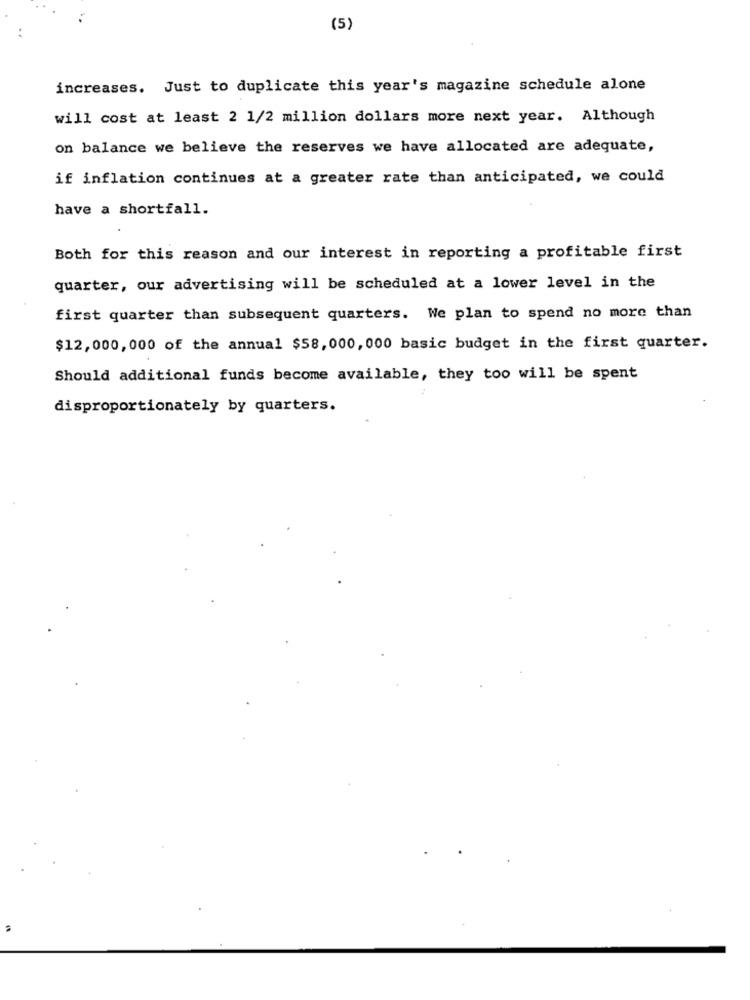
(5)
increases. Just to duplicate this year's magazine schedule alone
will cost at least 2 1/2 million dollars more next year. Although
on balance we believe the reserves we have allocated are adequate,
if inflation continues at a greater rate than anticipated, we could
have a shortfall.
Both for this reason and our interest in reporting a profitable first
quarter, our advertising will be scheduled at a lower level in the
first quarter than subsequent quarters. We plan to spend no more than
$12,000,000 of the annual $58,000, 000 basic budget in the first quarter.
Should additional funds become available, they too will be spent
disproportionately by quarters.